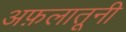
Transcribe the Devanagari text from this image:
अफ़लातूनी